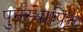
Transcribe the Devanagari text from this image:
पुर्नस्‍थापित